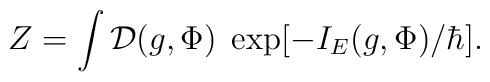
Z = \int {\cal D}(g,\Phi) \; \exp[-I_E(g,\Phi)/\hbar].